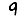
Digit: 9